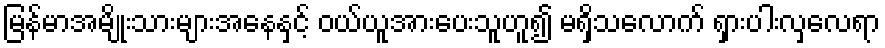
မြန်မာအမျိုးသားများအနေနှင့် ဝယ်ယူအားပေးသူဟူ၍ မရှိသလောက် ရှားပါးလှလေရာ